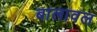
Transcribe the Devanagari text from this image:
बालावल